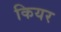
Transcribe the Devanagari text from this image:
कियर